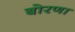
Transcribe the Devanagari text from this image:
बोरणा